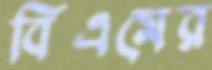
বিএমের